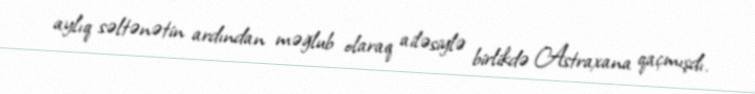
aylıq səltənətin ardından məğlub olaraq ailəsiylə birlikdə Astraxana qaçmışdı.